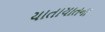
યાતાયાતના